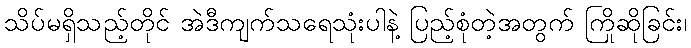
သိပ်မရှိသည့်တိုင် အဲဒီကျက်သရေသုံးပါနဲ့ ပြည့်စုံတဲ့အတွက် ကြိုဆိုခြင်း၊